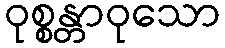
ဝုစ္စန္တာဝုသော